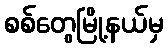
စစ်တွေမြို့နယ်မှ